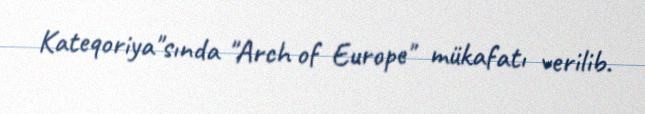
Kateqoriya"sında "Arch of Europe" mükafatı verilib.